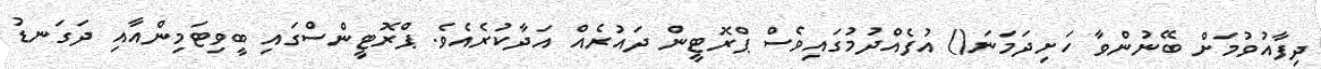
ދިފާއުވުމަށް ބޭނުންވާ ހަށިދަމަނަ() އުފެއްދުމުގައިވެސް ޕްރޮޓީން ދައުރެއް އަދާކުރެއެވެ. ޕްރޮޓީންސްގައި ބީވިޓަމިންއާއި ދަގަނޑު